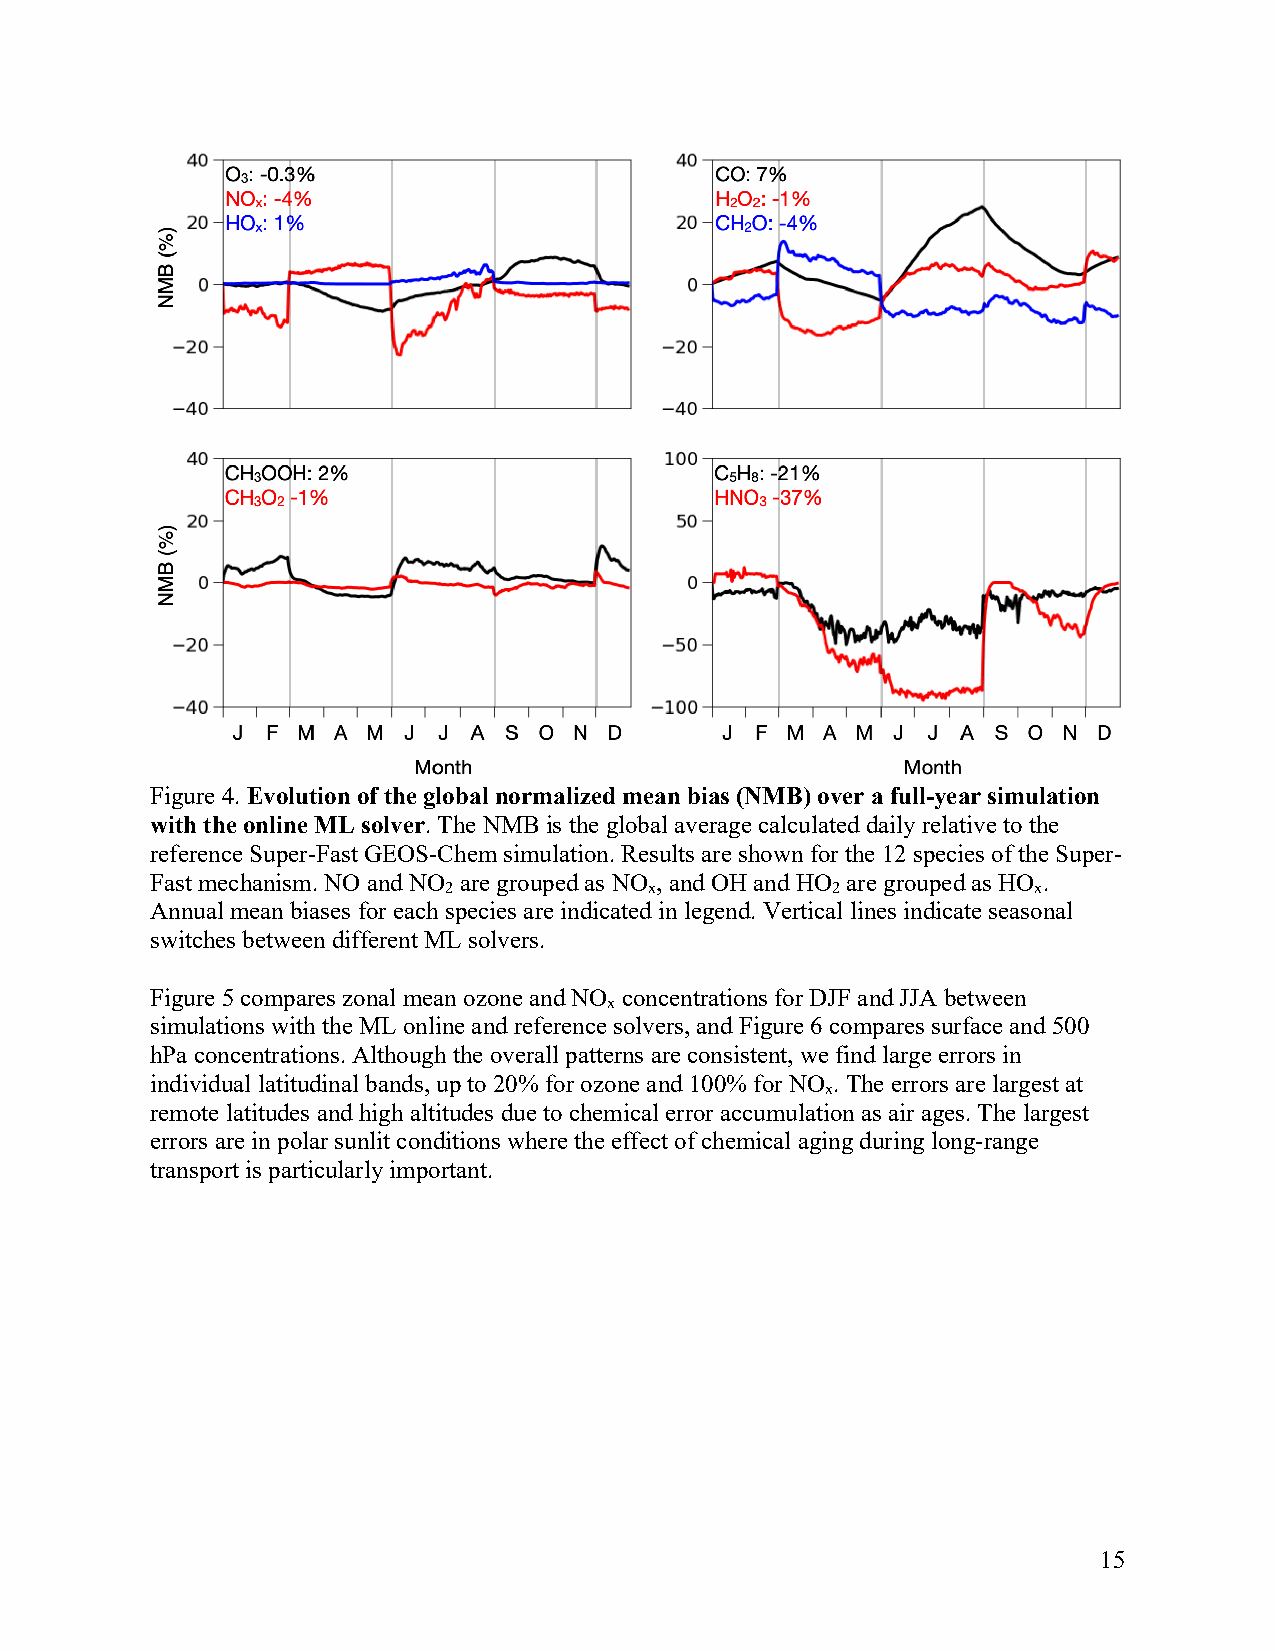
Figure 4. Evolution of the global normalized mean bias (NMB) over a full-year simulation
 with the online ML solver. The NMB is the global average calculated daily relative to the
 reference Super-Fast GEOS-Chem simulation. Results are shown for the 12 species of the Super-
 Fast mechanism. NO and NO are grouped as NO , and OH and HO are grouped as HO .
 2             x           2            x
 Annual mean biases for each species are indicated in legend. Vertical lines indicate seasonal
 switches between different ML solvers.
 Figure 5 compares zonal mean ozone and NO concentrations for DJF and JJA between
 x
 simulations with the ML online and reference solvers, and Figure 6 compares surface and 500
 hPa concentrations. Although the overall patterns are consistent, we find large errors in
 individual latitudinal bands, up to 20% for ozone and 100% for NO . The errors are largest at
 x
 remote latitudes and high altitudes due to chemical error accumulation as air ages. The largest
 errors are in polar sunlit conditions where the effect of chemical aging during long-range
 transport is particularly important.
 15